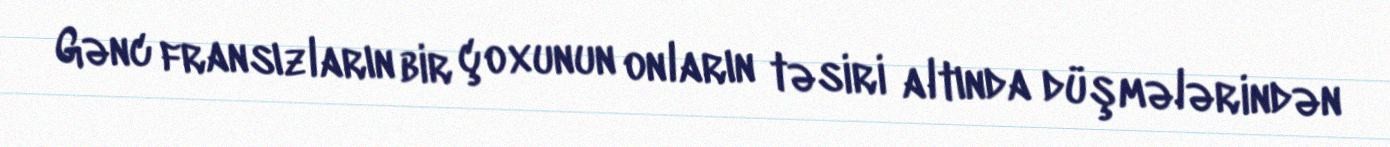
Gənc fransızların bir çoxunun onların təsiri altında düşmələrindən